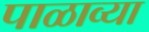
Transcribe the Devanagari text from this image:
पाळाव्या